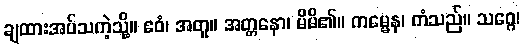
ချထားအပ်သကဲ့သို့။ ဧဝံ၊ အတူ။ အတ္တနော၊ မိမိ၏။ ကမ္မေန၊ ကံသည်။ သဂ္ဂေ၊